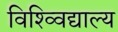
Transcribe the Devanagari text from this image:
विश्व्विद्याल्य